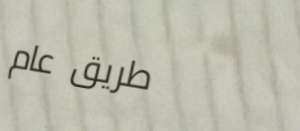
طريق عام